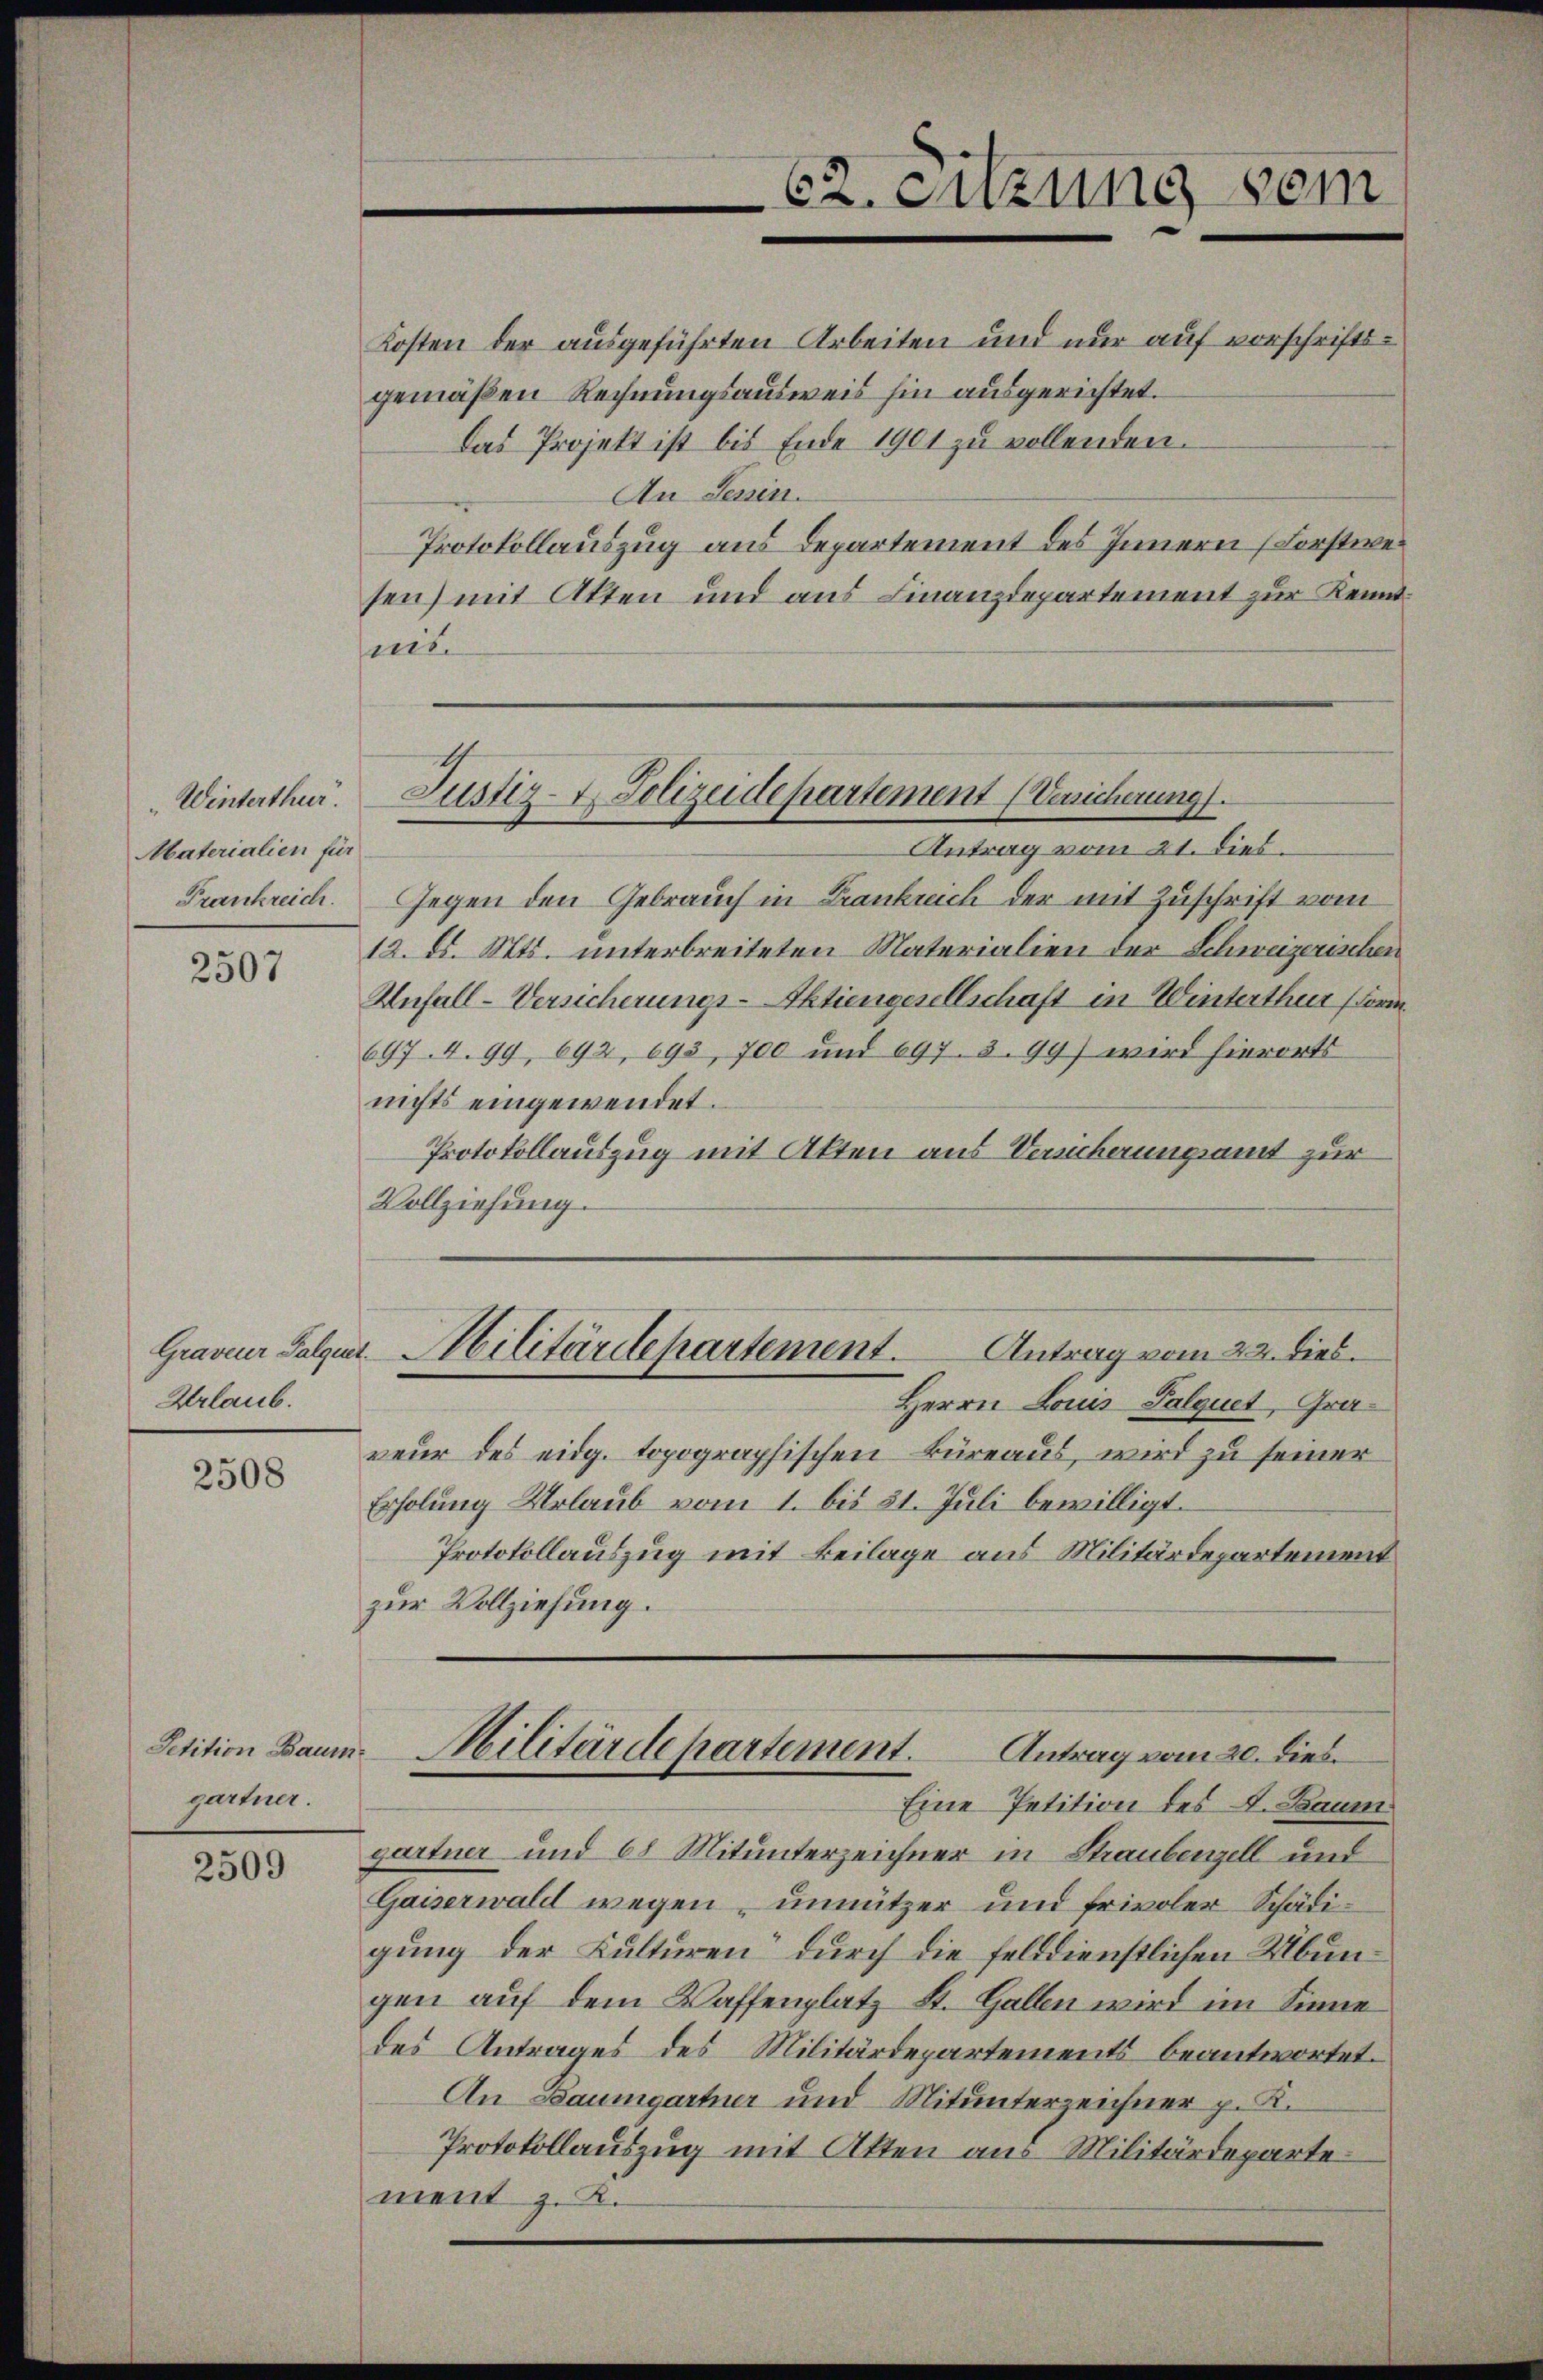
"Winterthur.
Materialien für
Frankreich.

2507

Urlaub.

2508

Petition Baum
gartner.

2509

62. Sitzung sein

Kosten der ausgeführten Arbeiten und nur auf vorschriftsgemäßen Rechnungsausweis hin ausgerichtet.
Das Projekt ist bis Ende 1901 zu vollenden.
An Jenin.
Protokollauszug aus Departement des Innern (Forstwei
sen) mit Akten und aus Finanzdepartement zur Kennteis
Antrag vom 21. dies.
Gegen den Gebrauch in Frankreich der mit Zuschrift vom
12. d. Mts. unterbreiteten Materialien der Schweizerischen
Anfall-Versicherungs-Aktiengesellschaft in Winterthur (For
697. 4. 99, 692, 693, 700 und 697. 399) wird hierorts
nichts eingewendet.
Protokollauszug mit Akten aus Versicherungsamt zur
Vollziehung.

Justiz- & Polizeidepartement (Versicherung.

Graveur Palgart-Militärdepartement. Antrag vom 22. dies

Herrn Louis Palquet, Graveur des eidg. topographischen Büreaus, wird zu seiner
Erholung Urlaub vom 1. bis 31. Juli bewilligt.
Protokollauszug mit Beilage aus Militärdepartement
zur Vollziehung.
Eine Petition des L. Baum
gartner und 68 Mitunterzeichner in Staubenzell und
Gaiserwald wegen unnützer und frivoler Schädigung der Kulturen“ durch die felddienstlichen Übungen auf dem Waffenplatz St. Gallen wird im Sinne
des Antrages des Militärdepartements beantwortet.
An Baumgartner und Mitunterzeichner p. K.
Protokollauszug mit Akten aus Militärdeparte
ment z. K.

Militärdepartement.
Antrag vom 20. dies